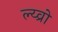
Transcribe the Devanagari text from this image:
ल्य्व्रो